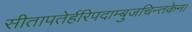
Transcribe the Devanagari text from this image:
सीतापतेर्हरिपदाम्बुजचिन्तकेन।